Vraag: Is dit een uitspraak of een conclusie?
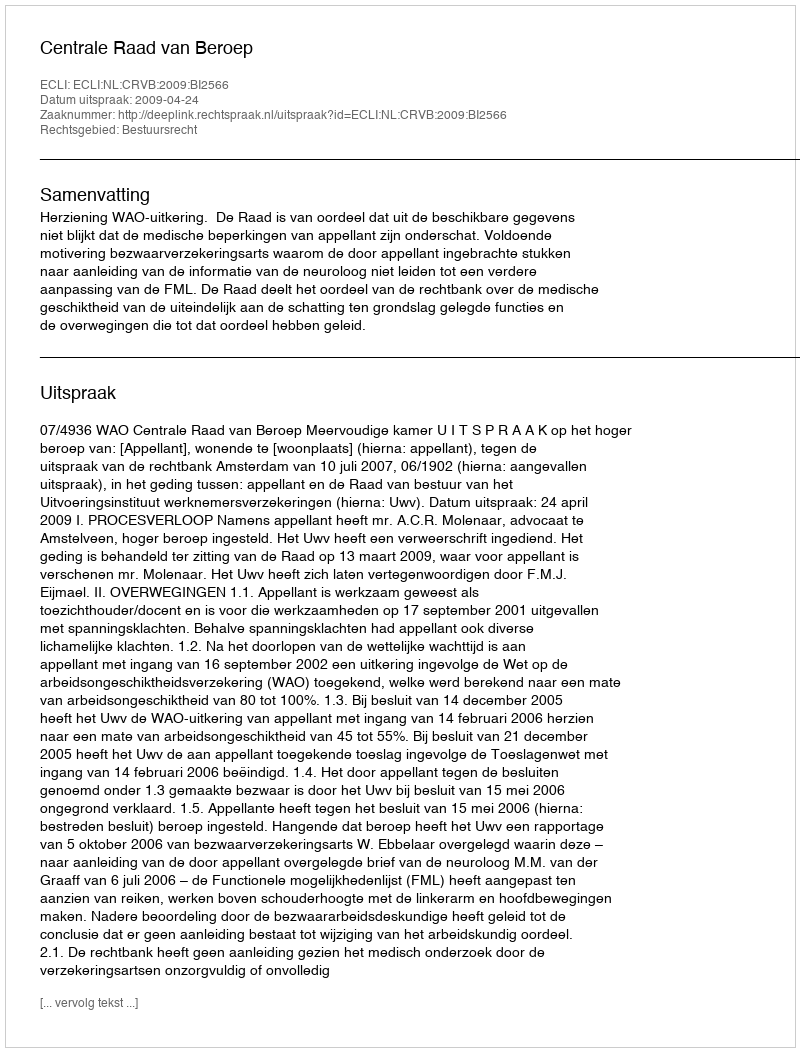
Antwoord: Uitspraak